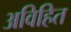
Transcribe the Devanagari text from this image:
अविहित